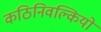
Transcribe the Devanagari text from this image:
कठिनिवल्कियों